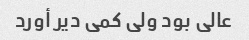
عالی بود ولی کمی دیر أورد